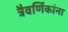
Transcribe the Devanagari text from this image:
त्रैवर्णिकांना